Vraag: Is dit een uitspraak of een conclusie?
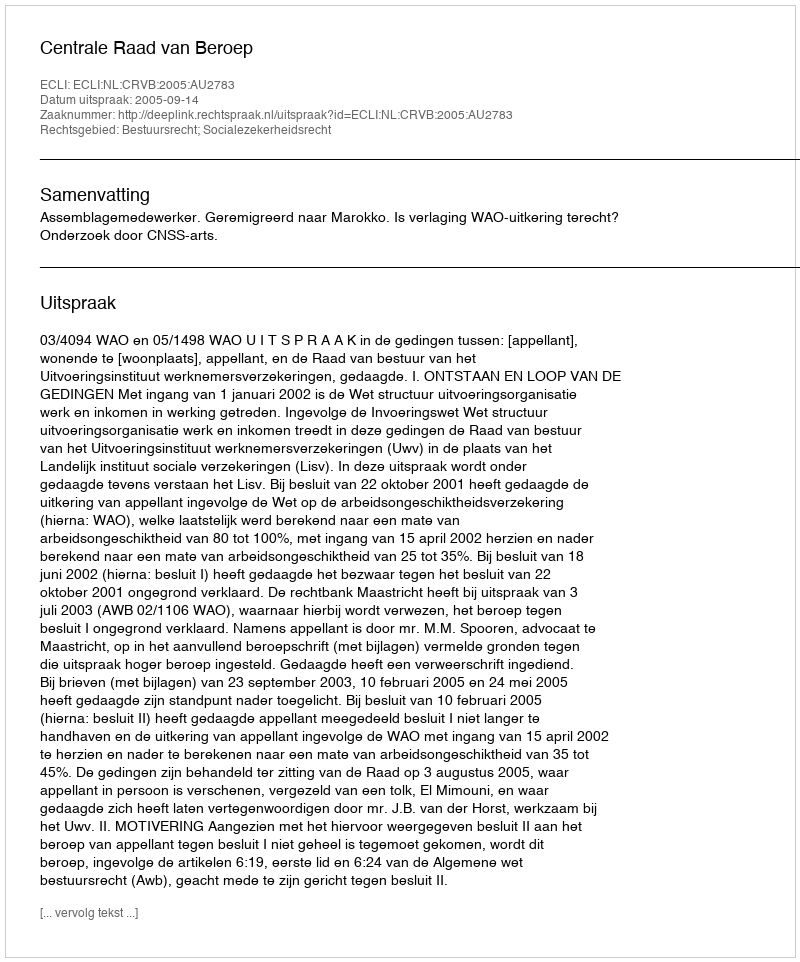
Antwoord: Uitspraak